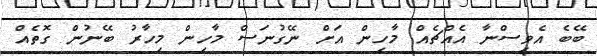
ބޭބެ އެވިސްނާ އެއްޗެއް މާހިން އަށް ނޭގުނަސް މާހިން މިހާރު ބޭނުން ގޮތެއް